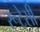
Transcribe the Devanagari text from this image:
रूटेसी